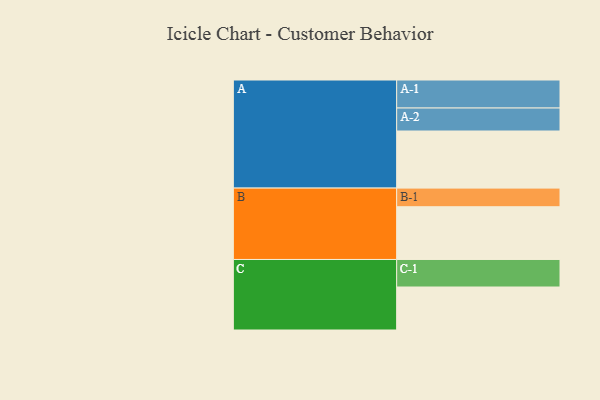
{"axis": {"x": "Segment", "y": "Value"}, "legend": ["", "A", "B", "C"], "data": [{"x": "A", "y": 591, "type": ""}, {"x": "B", "y": 546, "type": ""}, {"x": "C", "y": 445, "type": ""}, {"x": "A-1", "y": 290, "type": "A"}, {"x": "A-2", "y": 238, "type": "A"}, {"x": "B-1", "y": 193, "type": "B"}, {"x": "C-1", "y": 285, "type": "C"}]}